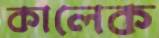
কালেক